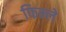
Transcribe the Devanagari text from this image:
फिन्ले